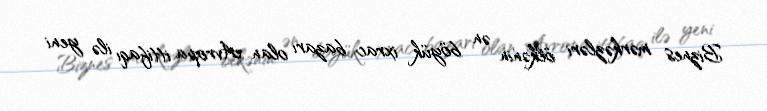
Biznes mərkəzləri ölkənin ən böyük ixrac bazarı olan Avropa ittifaqı ilə yeni